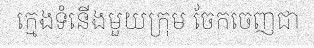
ក្មេងទំនើងមួយក្រុម ចែកចេញជា